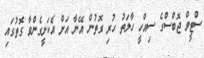
ސްޓީވް ޖޮބްސްގެ ސިއްހީ ހާލަތު ހުރި ގޮތުން އޭނާ އަށް އެކަށީގެންވާ ގޮތުގައި